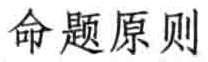
命题原则